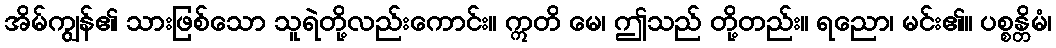
အိမ်ကျွန်၏ သားဖြစ်သော သူရဲတို့လည်းကောင်း။ ဣတိ မေ၊ ဤသည် တို့တည်း။ ရညော၊ မင်း၏။ ပစ္စန္တိမံ၊